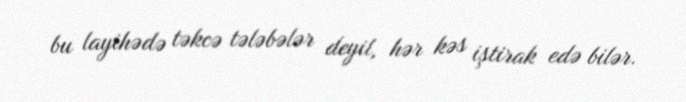
bu layihədə təkcə tələbələr deyil, hər kəs iştirak edə bilər.